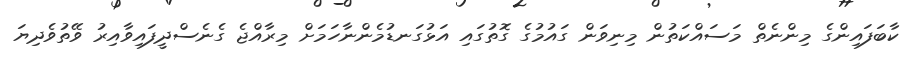
ކާބަފައިންގެ މިންނެތް މަސައްކަތުން މިނިވަން ގައުމުގެ ގޮތުގައި އަޅުގަނޑުމެންނާހަމަށް މިރާއްޖެ ގެނެސްދީފައިވާއިރު ވޭތުވެދިޔަ